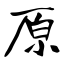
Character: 原